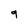
Character: 9